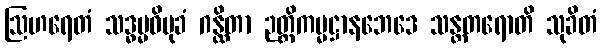
ဩဟရေတံ သဒ္ဓမ္မဝိမုခံ ဂန္ထိတာ ဉတ္တိကမ္မဋ္ဌာနဘေဒေ သန္တတရောတိ သုခိတံ